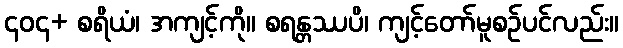
၄၀၄+ စရိယံ၊ အကျင့်ကို။ စရန္တဿပိ၊ ကျင့်တော်မူစဉ်ပင်လည်း။